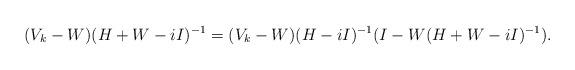
LaTeX: \begin{align*}(V_k-W)(H+W-iI)^{-1}=(V_k-W)(H-iI)^{-1}(I-W(H+W-iI)^{-1}).\end{align*}